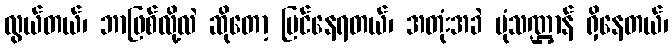
လွယ်တယ်၊ ဘာဖြစ်လို့လဲ ဆိုတော့ မြင်နေရတယ်၊ အတုံးအခဲ ပုံသဏ္ဌာန် ရှိနေတယ်၊